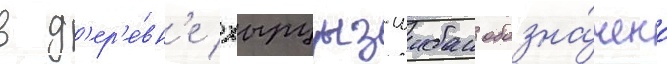
в д'ер'е́вн'е хырцыз-шибан обозна́чено